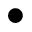
\bullet